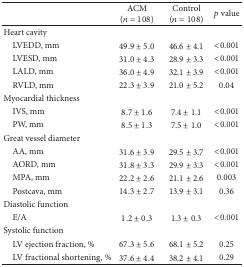
|  | ACM (n = 108) | Control (n = 108) | p value |
 | --- | --- | --- | --- |
 | Heart cavity |  |  |  |
 | LVEDD, mm | 49.9 ± 5.0 | 46.6 ± 4.1 | <0.001 |
 | LVESD, mm | 31.0 ± 4.3 | 28.9 ± 3.3 | <0.001 |
 | LALD, mm | 36.0 ± 4.9 | 32.1 ± 3.9 | <0.001 |
 | RVLD, mm | 22.3 ± 3.9 | 21.0 ± 5.2 | 0.04 |
 | Myocardial thickness |  |  |  |
 | IVS, mm | 8.7 ± 1.6 | 7.4 ± 1.1 | <0.001 |
 | PW, mm | 8.5 ± 1.3 | 7.5 ± 1.0 | <0.001 |
 | Great vessel diameter |  |  |  |
 | AA, mm | 31.6 ± 3.9 | 29.5 ± 3.7 | <0.001 |
 | AORD, mm | 31.8 ± 3.3 | 29.9 ± 3.3 | <0.001 |
 | MPA, mm | 22.2 ± 2.6 | 21.1 ± 2.6 | 0.003 |
 | Postcava, mm | 14.3 ± 2.7 | 13.9 ± 3.1 | 0.36 |
 | Diastolic function |  |  |  |
 | E/A | 1.2 ± 0.3 | 1.3 ± 0.3 | <0.001 |
 | Systolic function |  |  |  |
 | LV ejection fraction, % | 67.3 ± 5.6 | 68.1 ± 5.2 | 0.25 |
 | LV fractional shortening, % | 37.6 ± 4.4 | 38.2 ± 4.1 | 0.29 |